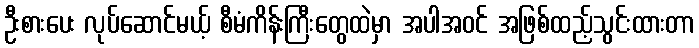
ဦးစားပေး လုပ်ဆောင်မယ့် စီမံကိန်းကြီးတွေထဲမှာ အပါအဝင် အဖြစ်ထည့်သွင်းထားတာ